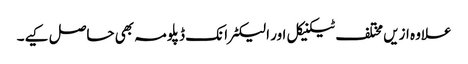
علاوہ ازیں مختلف ٹیکنیکل اور الیکٹرانک ڈپلومہ بھی حاصل کیے۔